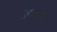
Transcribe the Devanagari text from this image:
राहल्ता